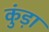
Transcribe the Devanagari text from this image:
कुंड़ा